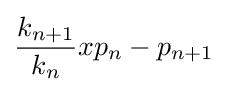
{\frac {k_{n+1}}{k_{n}}}xp_{n}-p_{n+1}